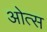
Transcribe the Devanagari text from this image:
ओत्स